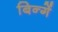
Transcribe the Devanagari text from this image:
बिन्गें